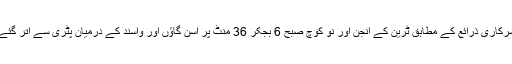
سرکاری ذرائع کے مطابق ٹرین کے انجن اور نو کوچ صبح 6 بجکر 36 منٹ پر آسن گاؤں اور واسند کے درمیان پٹری سے اتر گئے۔